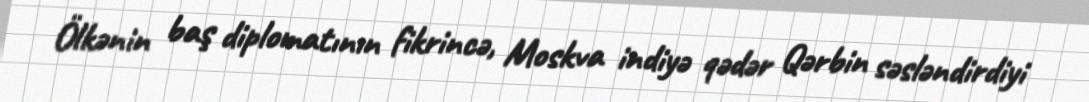
Ölkənin baş diplomatının fikrincə, Moskva indiyə qədər Qərbin səsləndirdiyi